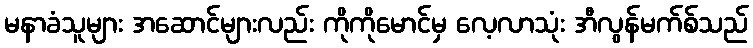
မနာခံသူများ အဆောင်များလည်း ကိုကိုမောင်မှ လေ့လာသုံး အီလွန်မက်စ်သည်